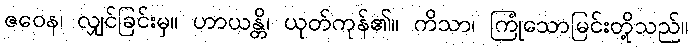
ဇဝေန၊ လျှင်ခြင်းမှ။ ဟာယန္တိ၊ ယုတ်ကုန်၏။ ကိသာ၊ ကြုံသောမြင်းတို့သည်။